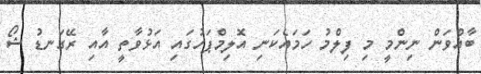
ބާއްވަން ނިންމީ މި ފިލްމު ހަމައެކަނި އޮލިމްޕަހުގައި އަޅުވާތީ އާއި ރޭގަނޑު ޝޯ